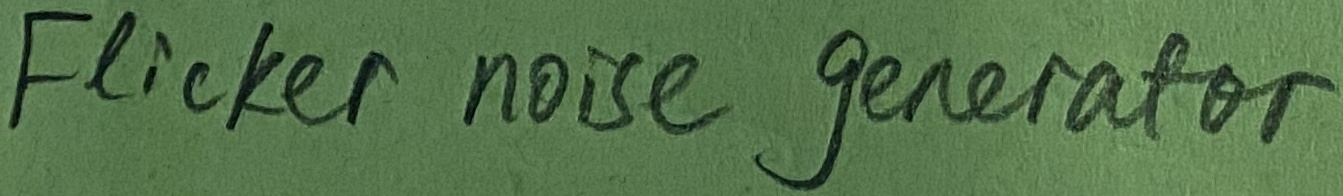
Text: Flicker noise generator